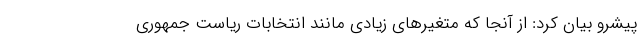
پیشرو بیان کرد: از آنجا که متغیرهای زیادی مانند انتخابات ریاست جمهوری